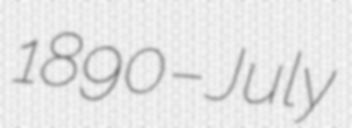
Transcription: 1890 – July